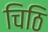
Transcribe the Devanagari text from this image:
चिठि